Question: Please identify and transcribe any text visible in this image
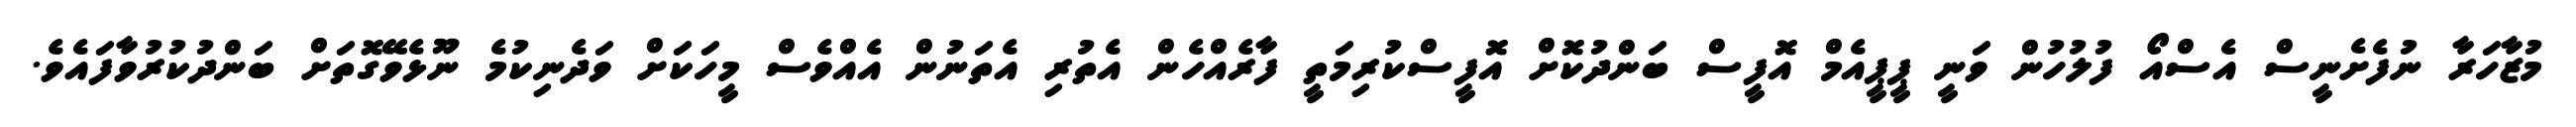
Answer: މުޒާހަރާ ނުފެށެނީސް އެސްއޯ ފުލުހުން ވަނީ ޕީޕީއެމް އޮފީސް ބަންދުކޮށް އޮފީސްކުރިމަތީ ފާރެއްހެން އެތުރި އެތަނުން އެއްވެސް މީހަކަށް ވަދެނިކުމެ ނޫޅެވޭގޮތަށް ބަންދުކުރުވާފައެވެ.